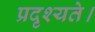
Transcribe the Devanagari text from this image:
प्रदृश्यते।